Civil Veterinary Department. United Provinces 1923-31 - 1923-1931
Year: 1923
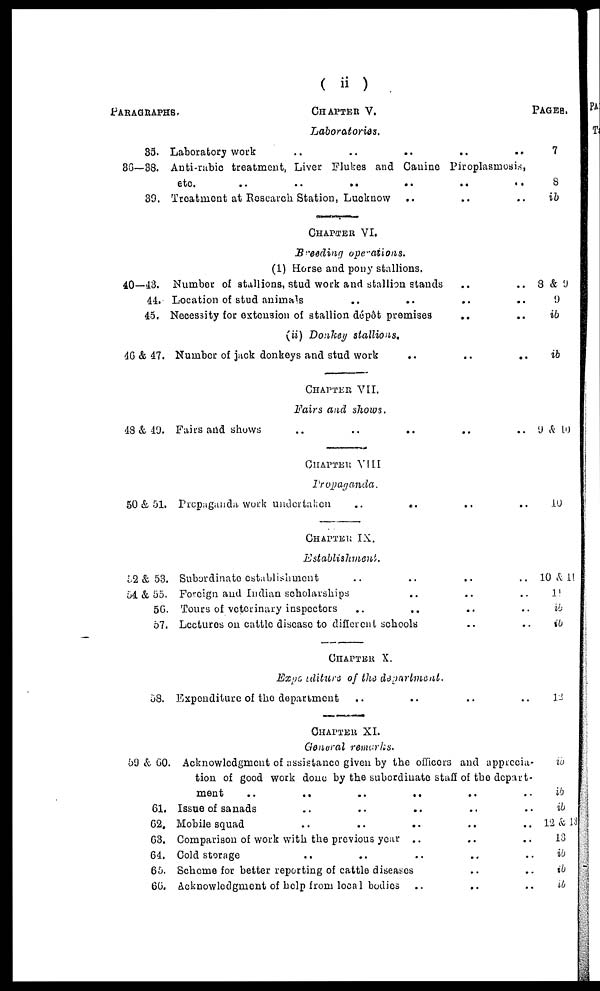
( ii )
Paragraphs.
33.
86-38.
39.
40-43.
44.
45.
46 & 47.
43 & 49.
50 & 51.
52 & 53.
51 & 55.
56.
57.
53.
59 & 60.
61.
62.
63.
64.
65.
66.
Chapter
V.
Laboratories.
Laboratory work .. .. .. .. ..
Anti-rabic treatment, Liver Flukes and Canine Piroplasrnosis,
etc. .. .. .. .. .. ..
Treatment at Research Station, Lucknow .. .. ..
CHAPTER VI.
Breeding
operations.
(1) Horse and pony stallions.
Number of stallions, stud work and stallion stands .. ..
Location of stud animals .. .. .. ..
Necessity for extension of stallion dépôt premises .. ..
(ii) Donkey stallions.
Number of jack donkeys and stud work .. .. ..
CHAPTER VII.
Fairs and shows.
Fairs and shows .. .. .. .. ..
CHAPTER VIII
Propaganda.
Propaganda work undertaken .. .. .. ..
CHAPTER IX.
Establishment.
Subordinate establishment .. .. .. ..
Foreign and Indian scholarships .. .. ..
Tours of veterinary inspectors .. .. .. ..
Lectures on cattle disease to different schools .. ..
CHAPTER X.
Expenditure of the department.
Expenditure of the department .. .. .. ..
CHAPTER XI.
General remarks.
Acknowledgment of assistance given by the officers and apprecia-
tion of good work done by the subordinate staff of the depart-
ment .. .. .. .. .. ..
Issue of sanads .. .. .. .. ..
Mobile squad .. .. .. .. ..
Comparison of work with the previous year .. .. ..
Cold storage .. .. .. .. ..
Scheme for better reporting of cattle diseases .. ..
Acknowledgment of help from local bodies .. .. ..
PAGES.
7
8
ib
8 & 9
9
ib
ib
9 & 10
10
10 & 11
11
ib
ib
12
ib
ib
ib
12 & 13
13
ib
ib
ib